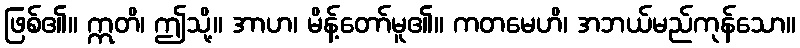
ဖြစ်၏။ ဣတိ၊ ဤသို့။ အာဟ၊ မိန့်တော်မူ၏။ ကတမေဟိ၊ အဘယ်မည်ကုန်သော။